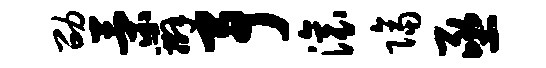
劭策辫予滚隔亟